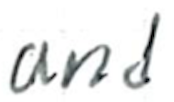
Text: and
Cross-out: clean
Writing tool: ballpoint